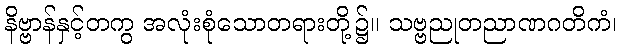
နိဗ္ဗာန်နှင့်တကွ အလုံးစုံသောတရားတို့၌။ သဗ္ဗညုတညာဏဂတိကံ၊